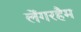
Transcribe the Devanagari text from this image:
लेंगरहैम